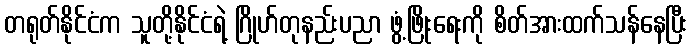
တရုတ်နိုင်ငံက သူတို့နိုင်ငံရဲ့ ဂြိုဟ်တုနည်းပညာ ဖွံ့ဖြိုးရေးကို စိတ်အားထက်သန်နေပြီး